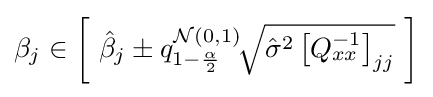
\beta _{j}\in {\bigg [}\ {\hat {\beta }}_{j}\pm q_{1-{\frac {\alpha }{2}}}^{{\mathcal {N}}(0,1)}\!{\sqrt {{\hat {\sigma }}^{2}\left[Q_{xx}^{-1}\right]_{jj}}}\ {\bigg ]}